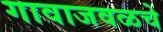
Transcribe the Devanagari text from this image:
गावाजवळचे